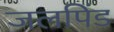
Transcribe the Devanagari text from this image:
जलपिंड